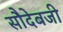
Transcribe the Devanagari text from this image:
सौदेबजी